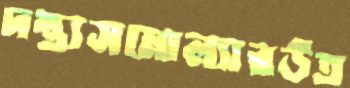
দন্ত্যসমোল্যারউত